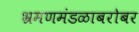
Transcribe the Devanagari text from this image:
भ्रमणमंडळाबरोबर